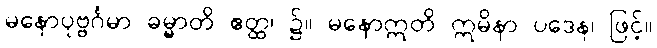
မနောပုဗ္ဗင်္ဂမာ ဓမ္မာတိ ဧတ္ထ၊ ၌။ မနောဣတိ ဣမိနာ ပဒေန၊ ဖြင့်။